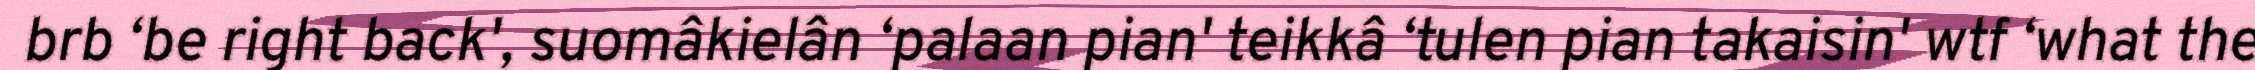
brb ‘be right back', suomâkielân ‘palaan pian' teikkâ ‘tulen pian takaisin' wtf ‘what the